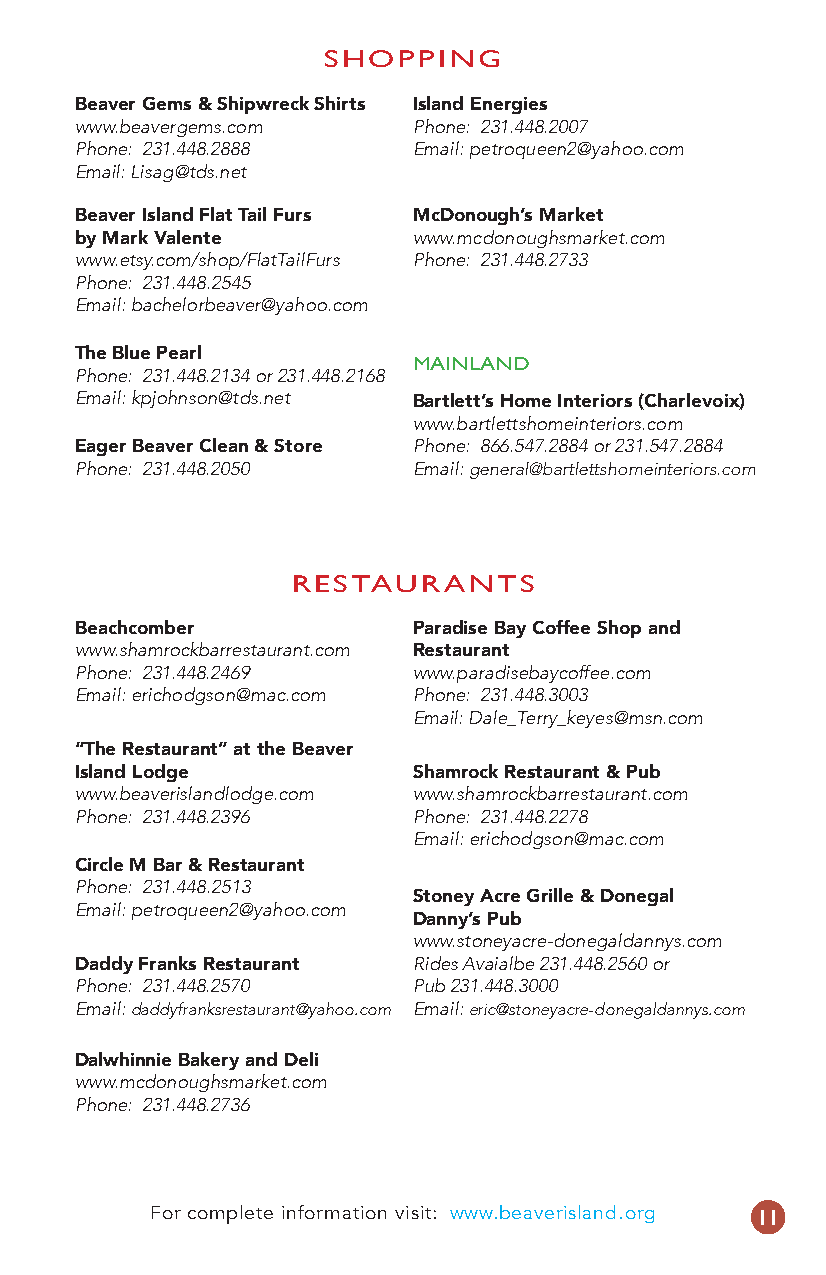
SHOPPING
 Beaver Gems & Shipwreck Shirts Island Energies
 www.beavergems.com     Phone: 231.448.2007
 Phone: 231.448.2888    Email: petroqueen2@yahoo.com
 Email: Lisag@tds.net
 Beaver Island Flat Tail Furs McDonough’s Market
 by Mark Valente        www.mcdonoughsmarket.com
 www.etsy.com/shop/FlatTailFurs Phone: 231.448.2733
 Phone: 231.448.2545
 Email: bachelorbeaver@yahoo.com
 The Blue Pearl
 MAINLAND
 Phone: 231.448.2134 or 231.448.2168
 Email: kpjohnson@tds.net
 Bartlett’s Home Interiors (Charlevoix)
 www.bartlettshomeinteriors.com
 Eager Beaver Clean & Store Phone: 866.547.2884 or 231.547.2884
 Phone: 231.448.2050    Email: general@bartlettshomeinteriors.com
 RESTAURANTS
 Beachcomber            Paradise Bay Coffee Shop and
 www.shamrockbarrestaurant.com Restaurant
 Phone: 231.448.2469    www.paradisebaycoffee.com
 Email: erichodgson@mac.com Phone: 231.448.3003
 Email: Dale_Terry_keyes@msn.com
 “The Restaurant” at the Beaver
 Island Lodge           Shamrock Restaurant & Pub
 www.beaverislandlodge.com www.shamrockbarrestaurant.com
 Phone: 231.448.2396    Phone: 231.448.2278
 Email: erichodgson@mac.com
 Circle M Bar & Restaurant
 Phone: 231.448.2513
 Stoney Acre Grille & Donegal
 Email: petroqueen2@yahoo.com
 Danny’s Pub
 www.stoneyacre-donegaldannys.com
 Daddy Franks Restaurant Rides Avaialbe 231.448.2560 or
 Phone: 231.448.2570    Pub 231.448.3000
 Email: daddyfranksrestaurant@yahoo.com Email: eric@stoneyacre-donegaldannys.com
 Dalwhinnie Bakery and Deli
 www.mcdonoughsmarket.com
 Phone: 231.448.2736
 For complete information visit: www.beaverisland.org 11
 13449.indd 11                                 4/7/17 9:38 AM